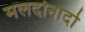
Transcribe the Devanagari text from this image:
मलदोनादो